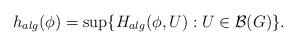
LaTeX: \begin{align*}h_{alg}(\phi) = \sup \{ H_{alg} (\phi, U) : U \in \mathcal B(G) \}.\end{align*}